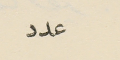
عدد